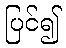
ပြင်၍